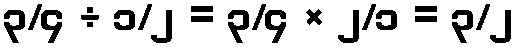
၃/၄ ÷ ၁/၂ = ၃/၄ × ၂/၁ = ၃/၂